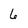
Character: 6